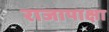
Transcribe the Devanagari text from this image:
राजापाक्षा